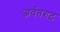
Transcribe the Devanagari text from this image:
अर्वतगढ़